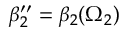
\beta _ { 2 } ^ { \prime \prime } = \beta _ { 2 } ( \Omega _ { 2 } )